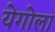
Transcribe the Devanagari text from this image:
येगोला